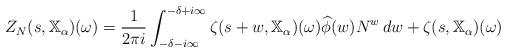
LaTeX: \begin{gather*}Z_N(s,\mathbb{X}_\alpha)(\omega)= \frac{1}{2\pi i} \int_{-\delta-i \infty}^{-\delta+i \infty} \zeta(s+w,\mathbb{X}_\alpha)(\omega) \widehat{\phi}(w) N^w \,dw+ \zeta(s,\mathbb{X}_\alpha)(\omega) \end{gather*}